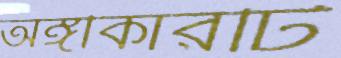
অঙ্গীকারটি